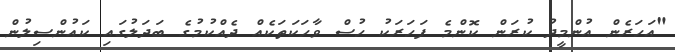
"އަހަރެން އުންމީދު ކުރަން ކޮންމެ ފަހަރަކު ހުސް ވާހަކަތަކެއް ދެއްކުމުގެ ބަދަލުގައި ކައުންސިލުން